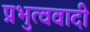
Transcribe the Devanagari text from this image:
प्रभुत्ववादी